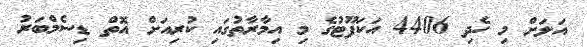
އަލަށް މި ހެދި 4406 އަކަފޫޓުގެ މި އިމާރާތުގައި ކުރިއަށް އޮތް ޑިސެމްބަރު